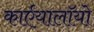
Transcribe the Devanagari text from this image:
कार्एयालाॅयो